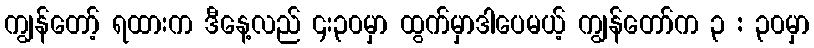
ကျွန်တော့် ရထားက ဒီနေ့လည် ၄း၃၀မှာ ထွက်မှာဒါပေမယ့် ကျွန်တော်က ၃ : ၃၀မှာ